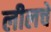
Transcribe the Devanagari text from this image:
लीलचे